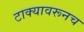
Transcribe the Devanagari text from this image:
टाक्यावरूनच